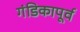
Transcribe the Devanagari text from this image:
गंडिकापूर्व